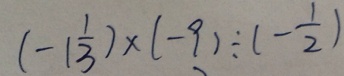
( - 1 \frac { 1 } { 3 } ) \times ( - 9 ) \div ( - \frac { 1 } { 2 } )